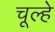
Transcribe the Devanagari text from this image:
चूल्‍हे